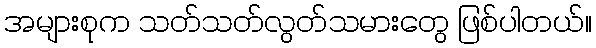
အများစုက သတ်သတ်လွတ်သမားတွေ ဖြစ်ပါတယ်။